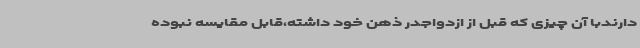
دارندبا آن چیزی که قبل از ازدواجدر ذهن خود داشته،قابل مقایسه نبوده